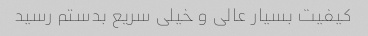
کیفیت بسیار عالی و خیلی سریع بدستم رسید